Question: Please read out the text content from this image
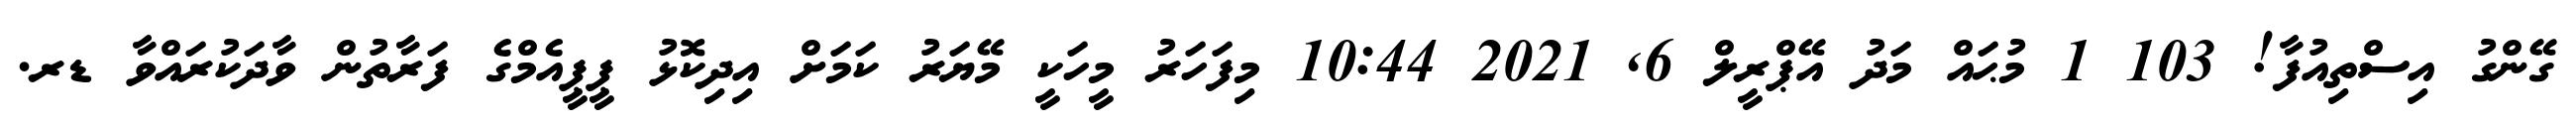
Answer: ގޭންގު އިސްތިއުފާ! 103 1 މުޙައް މަދު އޭޕްރީލް 6, 2021 10:44 މިފަހަރު މީހަކީ މޭޔަރު ކަމަށް އިދިކޮޅު ޕީޕީއެމްގެ ފަރާތުން ވާދަކުރައްވާ ޑރ.